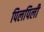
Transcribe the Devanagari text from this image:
पिलपिली